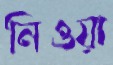
নিওয়া